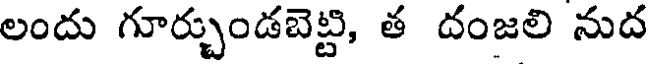
లందు గూర్చుండబెట్టి, త దంజలి నుద